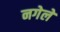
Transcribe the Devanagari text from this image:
नगेले